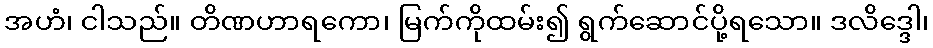
အဟံ၊ ငါသည်။ တိဏဟာရကော၊ မြက်ကိုထမ်း၍ ရွက်ဆောင်ပို့ရသော။ ဒလိဒ္ဒေါ၊